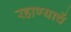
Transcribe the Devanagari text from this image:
रहाण्याचें